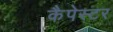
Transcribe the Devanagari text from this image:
कैपेस्टर